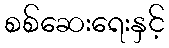
စစ်ဆေးရေးနှင့်